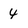
Character: 4